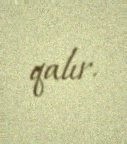
qalır.